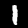
Label: 1